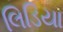
લિડિયા